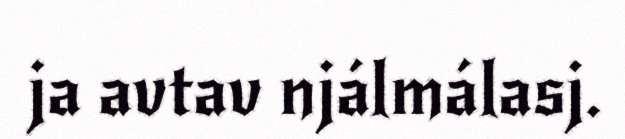
ja avtav njálmálasj.